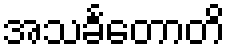
အသင်္ခတောတိ